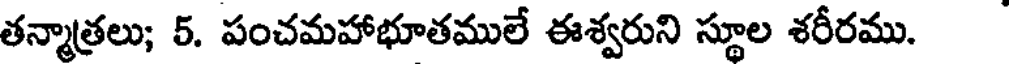
తన్మాత్రలు; 5. పంచమహాభూతములే ఈశ్వరుని స్థూల శరీరము.